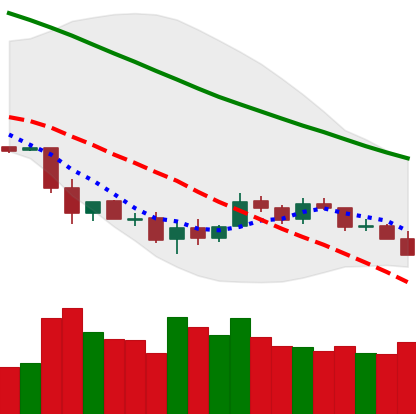
Ticker: LTC-USD
Chart end date: 2018-12-06
Forward return: -11.659%
Label: down_7plus